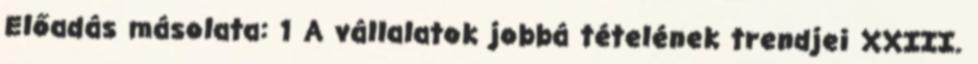
Előadás másolata: 1 A vállalatok jobbá tételének trendjei XXIII.